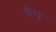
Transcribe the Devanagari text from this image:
वैन्